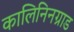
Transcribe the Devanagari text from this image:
कालिनिनग्राड